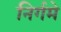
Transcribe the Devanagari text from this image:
निर्गमे